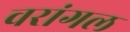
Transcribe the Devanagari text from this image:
वरांगल